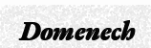
Domenech